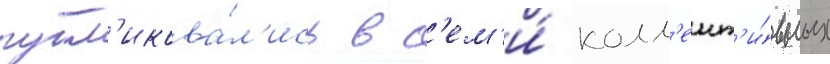
публ'икова́л'ись в с'ем'и́ колл'ект'и́вных